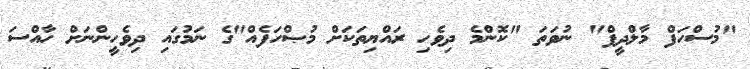
"މުސްހަފް މާލްދީފް" ނުވަތަ "ކޮންމެ ދިވެހި ރައްޔިތަކަށް މުޞްހަފެއް"ގެ ނަމުގައި ދިވެހީންނަށް ހާއްސަ